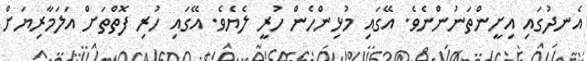
އެނދުގައި އިށީންތަނުންނެވެ. އޭގައި މުޅިންހެން ހުރީ ލެޔެވެ. އޭގައި ހުރި ފޮތްތަށް އަލަމާރިޔަށް